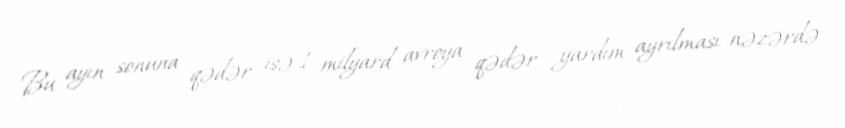
Bu ayın sonuna qədər isə 1 milyard avroya qədər yardım ayrılması nəzərdə